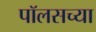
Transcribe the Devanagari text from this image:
पॉलसच्या